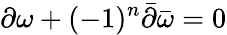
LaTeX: \partial\omega+(-1)^{n}\bar{\partial}\bar{\omega}=0